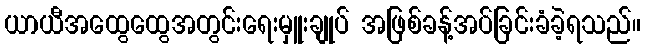
ယာယီအထွေထွေအတွင်းရေးမှူးချုပ် အဖြစ်ခန့်အပ်ခြင်းခံခဲ့ရသည်။